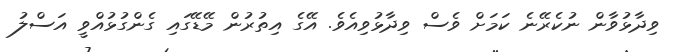
ވިދާޅުވާން ނުކެރޭނެ ކަމަށް ވެސް ވިދާޅުވިއެވެ. އޭގެ އިތުރުން މޭޑޭގައި ގެންގުޅުއްވީ އަސްލު